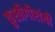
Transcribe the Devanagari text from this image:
कुस्तीगीरांची